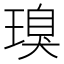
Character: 𮴪